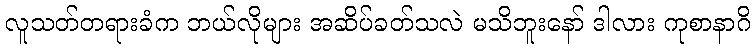
လူသတ်တရားခံက ဘယ်လိုများ အဆိပ်ခတ်သလဲ မသိဘူးနော် ဒါလား ကုစာနာဂိ